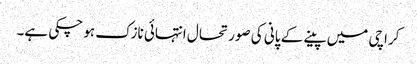
کراچی میں پینے کے پانی کی صورتحال انتہائی نازک ہو چکی ہے۔